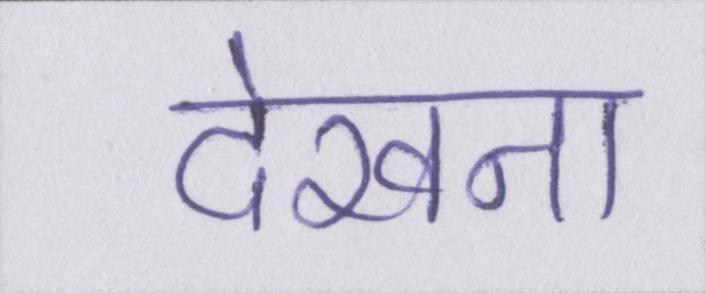
देखना